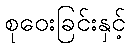
စုဝေးခြင်းနှင့်